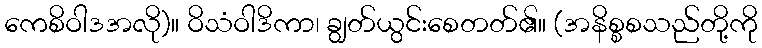
ကေစိဝါဒအလို)။ ဝိသံဝါဒိကာ၊ ချွတ်ယွင်းစေတတ်၏။ (အနိစ္စစသည်တို့ကို